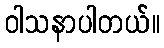
ဝါသနာပါတယ်။